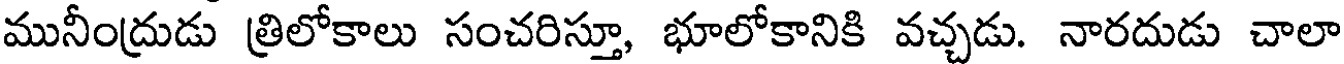
మునీంద్రుడు త్రిలోకాలు సంచరిస్తూ, భూలోకానికి వచ్చడు. నారదుడు చాలా